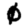
Digit: 0